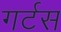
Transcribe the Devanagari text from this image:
गर्टस